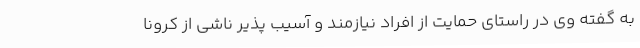
به گفته وی در راستای حمایت از افراد نیازمند و آسیب پذیر ناشی از کرونا